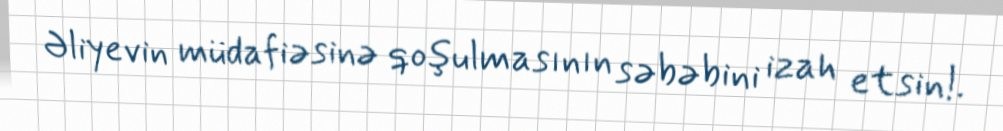
Əliyevin müdafiəsinə qoşulmasının səbəbini izah etsin!.